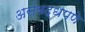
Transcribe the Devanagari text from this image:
असंबद्धपणे